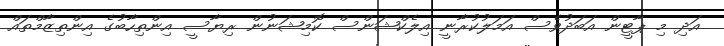
އަދި މި ޕާޓީން އަބަދުވެސް އަމަލުކުރާނީ އިލެކްޝަންސް ކޮމިޝަނުން ރިޔާސީ އިންތިހާބުގެ އިންތިޒާމްތައް